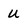
Character: U